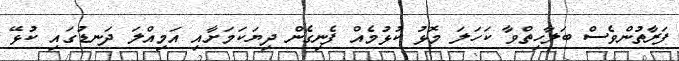
ފަރާތުންވެސް ބަލާހިތްވާ ކަހަލަ މޮޅު ކުޅުމެއް ފެނިގެން ދިޔަކަމަށާއި އަމިއްލަ ދަނޑުގައި ކުޅޭ